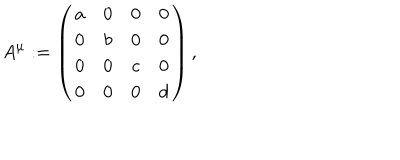
A ^ { \mu } : = \left( \begin{matrix} { { a } } & { { 0 } } & { { 0 } } & { { 0 } } \\ { { 0 } } & { { b } } & { { 0 } } & { { 0 } } \\ { { 0 } } & { { 0 } } & { { c } } & { { 0 } } \\ { { 0 } } & { { 0 } } & { { 0 } } & { { d } } \\ \end{matrix} \right) ,